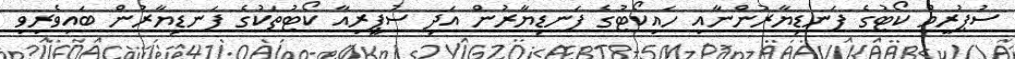
ސުޕުރީމް ކޯޓުގެ ފަނޑިޔާރުންނާއި ހައިކޯޓުގެ ފަނޑިޔާރުން އަދި ސުޕީރިއާ ކޯޓުތަކުގެ ފަނޑިޔާރުން ބައިވެރިވި